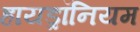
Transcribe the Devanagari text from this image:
हायड्रॉनियम